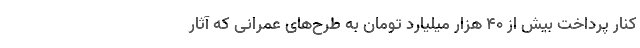
کنار پرداخت بیش از ۴۰ هزار میلیارد تومان به طرح‌های عمرانی که آثار